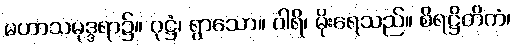
မဟာသမုဒ္ဒရာ၌။ ဝုဋ္ဌံ၊ ရွာသော။ ဝါရိ၊ မိုးရေသည်။ စိရဋ္ဌိတိကံ၊